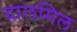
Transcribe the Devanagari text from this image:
दालमिल